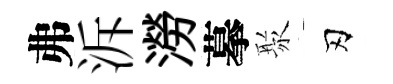
弗泝澇摹聚刃